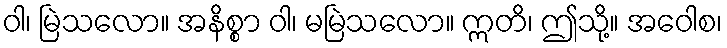
ဝါ၊ မြဲသလော။ အနိစ္စာ ဝါ၊ မမြဲသလော။ ဣတိ၊ ဤသို့။ အဝေါစ၊